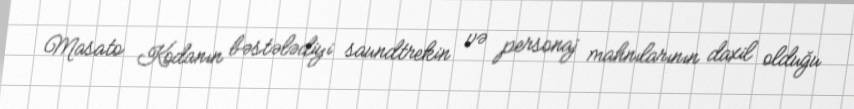
Masato Kodanın bəstələdiyi saundtrekin və personaj mahnılarının daxil olduğu